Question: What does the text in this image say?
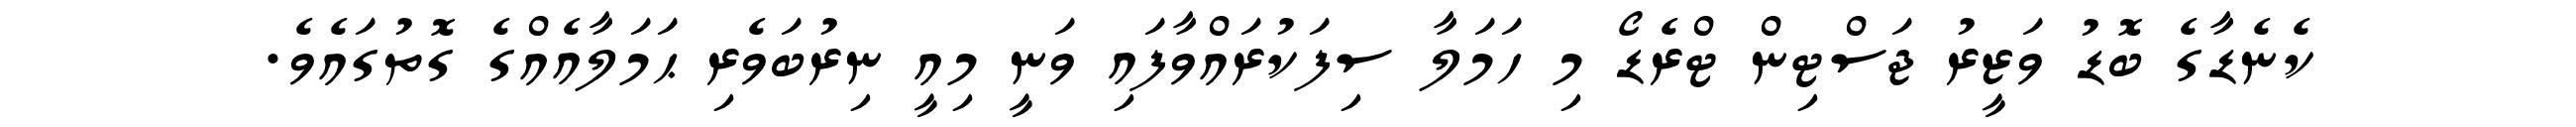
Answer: ކެނެޑާގެ ބޮޑު ވަޒީރު ޖަސްޓިން ޓްރެޑޯ މި ހަމަލާ ސިފަކުރައްވާފައި ވަނީ މިއީ ނިރުބަވެރި ޙަމަލާއެއްގެ ގޮތުގައެވެ.